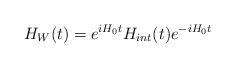
LaTeX: \begin{align*}H_{W}(t)=e^{iH_{0}t}H_{int}(t)e^{-iH_{0}t}\end{align*}